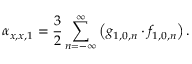
\displaystyle \alpha _ { x , x , 1 } = \frac { 3 } { 2 } \sum _ { n = - \infty } ^ { \infty } \left( g _ { 1 , 0 , n } \cdot f _ { 1 , 0 , n } \right) .